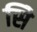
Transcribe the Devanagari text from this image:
सिे